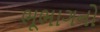
ભૂભાગનો